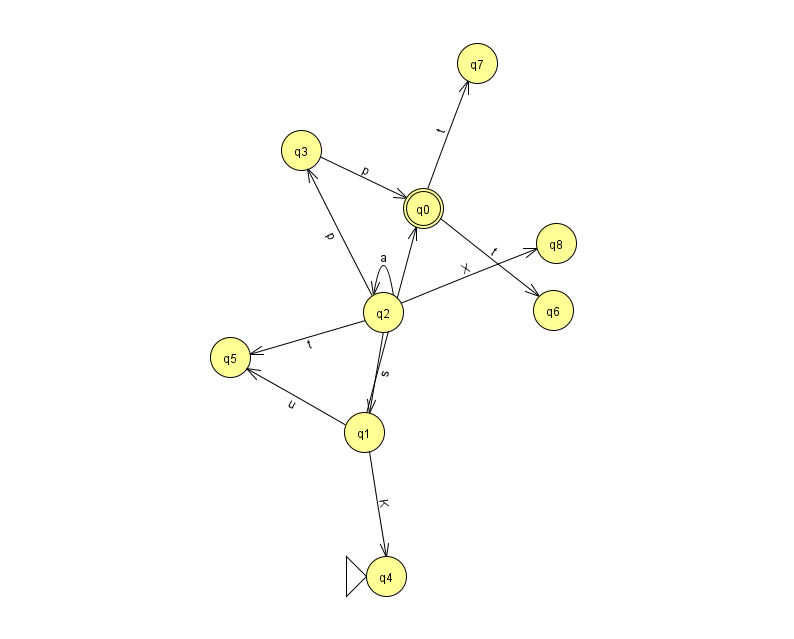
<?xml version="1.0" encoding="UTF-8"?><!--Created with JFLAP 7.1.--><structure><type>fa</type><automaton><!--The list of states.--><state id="0" name="q0"><x>423.0</x><y>195.0</y><final/></state><state id="1" name="q1"><x>364.0</x><y>419.0</y></state><state id="2" name="q2"><x>383.0</x><y>299.0</y></state><state id="3" name="q3"><x>301.0</x><y>137.0</y></state><state id="4" name="q4"><x>386.0</x><y>563.0</y><initial/></state><state id="5" name="q5"><x>230.0</x><y>344.0</y></state><state id="6" name="q6"><x>553.0</x><y>297.0</y></state><state id="7" name="q7"><x>477.0</x><y>50.0</y></state><state id="8" name="q8"><x>556.0</x><y>230.0</y></state><!--The list of transitions.--><transition><from>2</from><to>2</to><read>a</read></transition><transition><from>3</from><to>0</to><read>p</read></transition><transition><from>0</from><to>6</to><read>t</read></transition><transition><from>1</from><to>4</to><read>K</read></transition><transition><from>1</from><to>5</to><read>u</read></transition><transition><from>2</from><to>3</to><read>p</read></transition><transition><from>2</from><to>5</to><read>t</read></transition><transition><from>0</from><to>7</to><read>t</read></transition><transition><from>2</from><to>8</to><read>X</read></transition><transition><from>2</from><to>1</to><read>s</read></transition><transition><from>1</from><to>0</to><read>E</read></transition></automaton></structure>